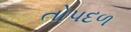
તોપદળ